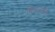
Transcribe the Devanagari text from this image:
मिडलमैन